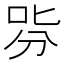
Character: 哛